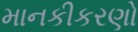
માનકીકરણો